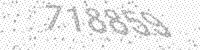
Solution: 718853